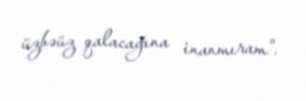
üzbəüz qalacağına inanmıram".